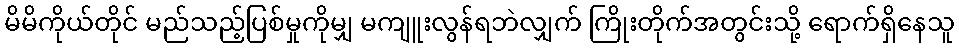
မိမိကိုယ်တိုင် မည်သည့်ပြစ်မှုကိုမျှ မကျူးလွန်ရဘဲလျှက် ကြိုးတိုက်အတွင်းသို့ ရောက်ရှိနေသူ